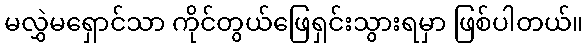
မလွှဲမရှောင်သာ ကိုင်တွယ်ဖြေရှင်းသွားရမှာ ဖြစ်ပါတယ်။